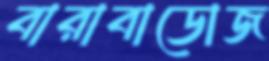
বারাবাডোজ